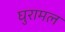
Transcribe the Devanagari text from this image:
घुरामल